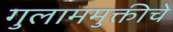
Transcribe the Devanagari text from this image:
गुलाममुक्तीचे